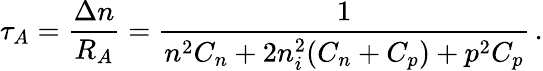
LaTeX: \tau_{A}={\frac{\Delta n}{R_{A}}}={\frac{1}{n^{2}C_{n}+2n_{i}^{2}(C_{n}+C_{p})+p^{2}C_{p}}}\, .